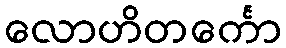
လောဟိတင်္ကော